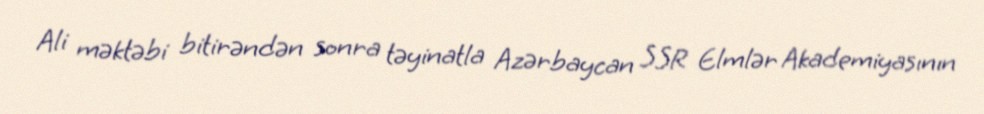
Ali məktəbi bitirəndən sonra təyinatla Azərbaycan SSR Elmlər Akademiyasının